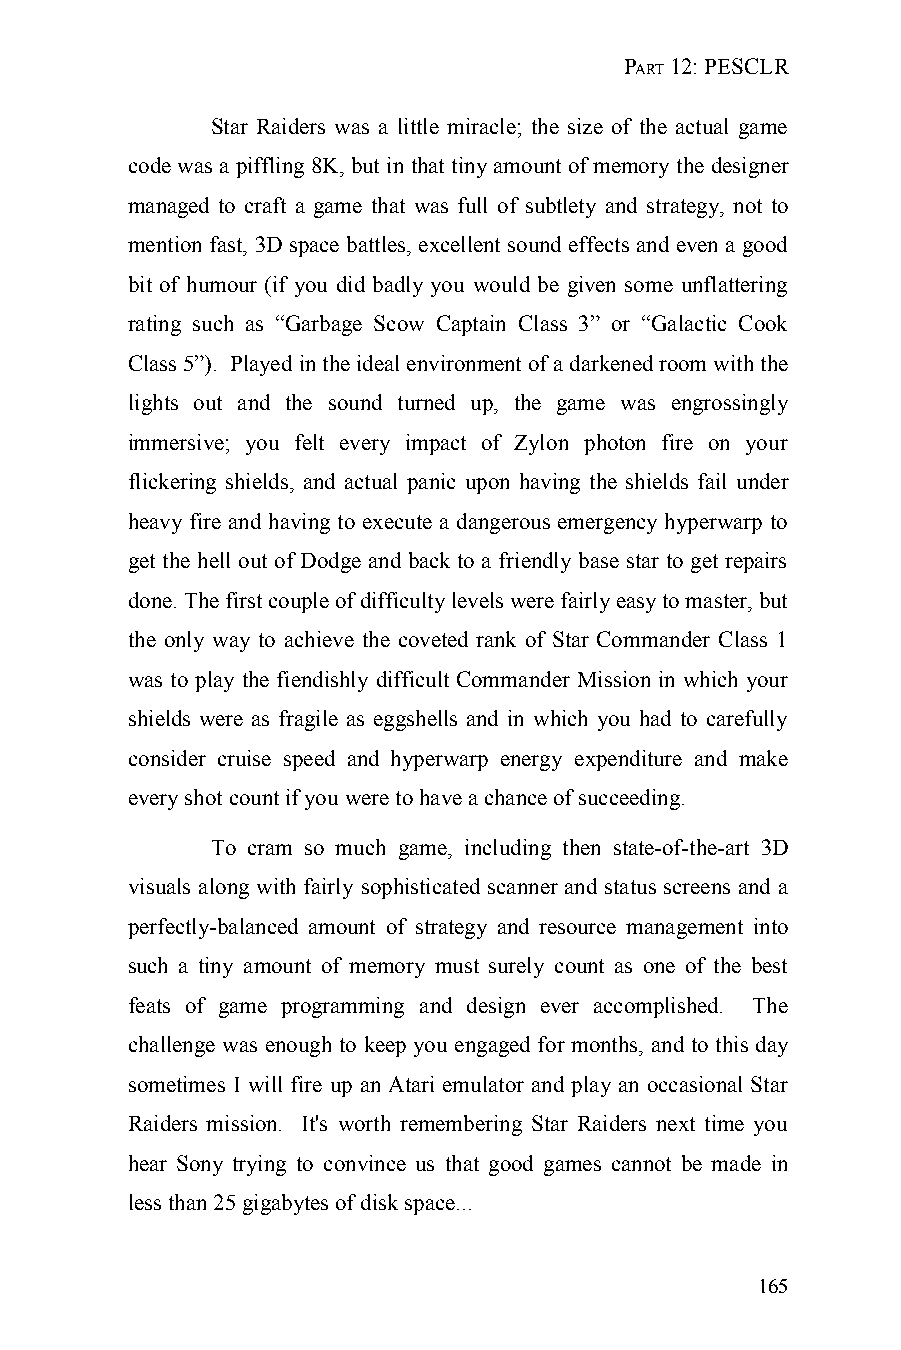
PART 12: PESCLR
 Star Raiders was a little miracle; the size of the actual game
 code was a piffling 8K, but in that tiny amount of memory the designer
 managed to craft a game that was full of subtlety and strategy, not to
 mention fast, 3D space battles, excellent sound effects and even a good
 bit of humour (if you did badly you would be given some unflattering
 rating such as “Garbage Scow Captain Class 3” or “Galactic Cook
 Class 5”). Played in the ideal environment of a darkened room with the
 lights out and the sound turned up, the game was engrossingly
 immersive; you felt every impact of Zylon photon fire on your
 flickering shields, and actual panic upon having the shields fail under
 heavy fire and having to execute a dangerous emergency hyperwarp to
 get the hell out of Dodge and back to a friendly base star to get repairs
 done. The first couple of difficulty levels were fairly easy to master, but
 the only way to achieve the coveted rank of Star Commander Class 1
 was to play the fiendishly difficult Commander Mission in which your
 shields were as fragile as eggshells and in which you had to carefully
 consider cruise speed and hyperwarp energy expenditure and make
 every shot count if you were to have a chance of succeeding.
 To cram so much game, including then state-of-the-art 3D
 visuals along with fairly sophisticated scanner and status screens and a
 perfectly-balanced amount of strategy and resource management into
 such a tiny amount of memory must surely count as one of the best
 feats of game programming and design ever accomplished. The
 challenge was enough to keep you engaged for months, and to this day
 sometimes I will fire up an Atari emulator and play an occasional Star
 Raiders mission. It's worth remembering Star Raiders next time you
 hear Sony trying to convince us that good games cannot be made in
 less than 25 gigabytes of disk space...
 165